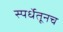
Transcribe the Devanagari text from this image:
स्पर्धेतूनच